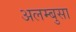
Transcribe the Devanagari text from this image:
अलम्बुसा